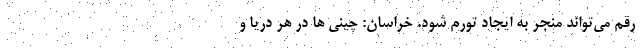
رقم می‌تواند منجر به ایجاد تورم شود. خراسان: چینی ها در هر دریا و